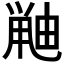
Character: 𫠘